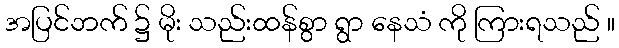
အပြင်ဘက် ၌ မိုး သည်းထန်စွာ ရွာ နေသံ ကို ကြားရသည် ။